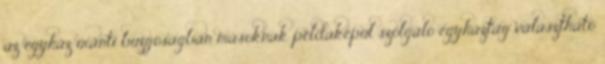
az egyház iránti buzgóságban másoknak példaképül szolgáló egyháztag választható